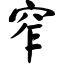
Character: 窄